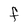
Character: F